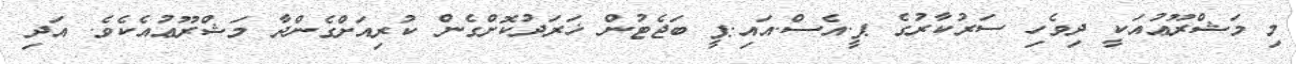
މި މަޝްރޫޢުއަކީ ދިވެހި ސަރުކާރުގެ ޕީ.އެސް.އައި.ޕީ ބަޖެޓުން ޚަރަދުކޮށްގެން ކުރިއަށްގެންދާ މަޝްރޫޢުއެކެވެ. އަދި